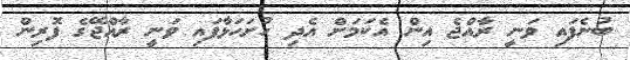
ބުނެފައި ވަނީ ރާއްޖެ އިން އެކަމަށް އެދި ހުށަހަޅާފައި ވަނީ ރާއްޖޭގެ ފޮރިން